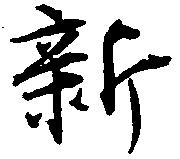
新